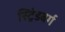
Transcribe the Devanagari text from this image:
स्ट्रिंडबर्ग